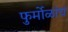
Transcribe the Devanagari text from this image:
फुर्मोळांचं